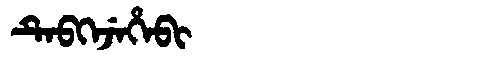
Manchu: ᡨᡝᠪᡴᡝᠵᡝᡥᡝᠪᡳ
Romanization: TEBKEJEHEBI